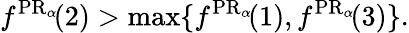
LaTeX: f^{\operatorname{PR}_{\alpha}\! }(2)>\operatorname*{max}\{ f^{\operatorname{PR}_{\alpha}\! }(1),f^{\operatorname{PR}_{\alpha}\! }(3)\} .